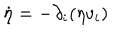
LaTeX: \dot { \eta } = - \partial _ { i } ( \eta v _ { i } )